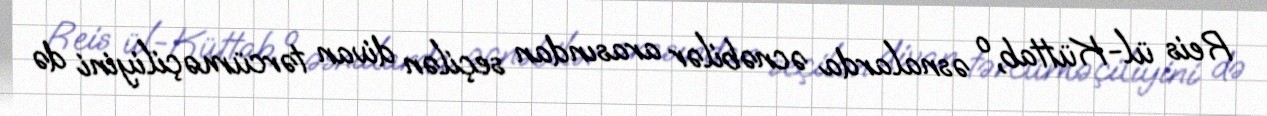
Reis ül-Küttab, o əsnalarda əcnəbilər arasından seçilən divan tərcüməçiliyini də